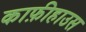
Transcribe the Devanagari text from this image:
काफ़ीहाउस